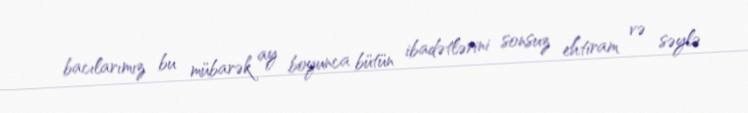
bacılarımız bu mübarək ay boyunca bütün ibadətlərini sonsuz ehtiram və səylə